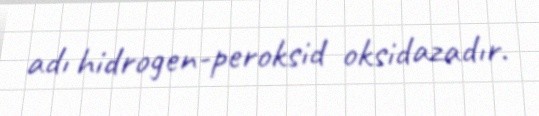
adı hidrogen-peroksid oksidazadır.